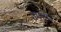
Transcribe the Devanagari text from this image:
उपदार